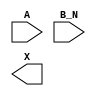
module sky130_fd_sc_hs__or2b (
    //# {{data|Data Signals}}
    input  A  ,
    input  B_N,
    output X
);

    // Voltage supply signals
    supply1 VPWR;
    supply0 VGND;

endmodule